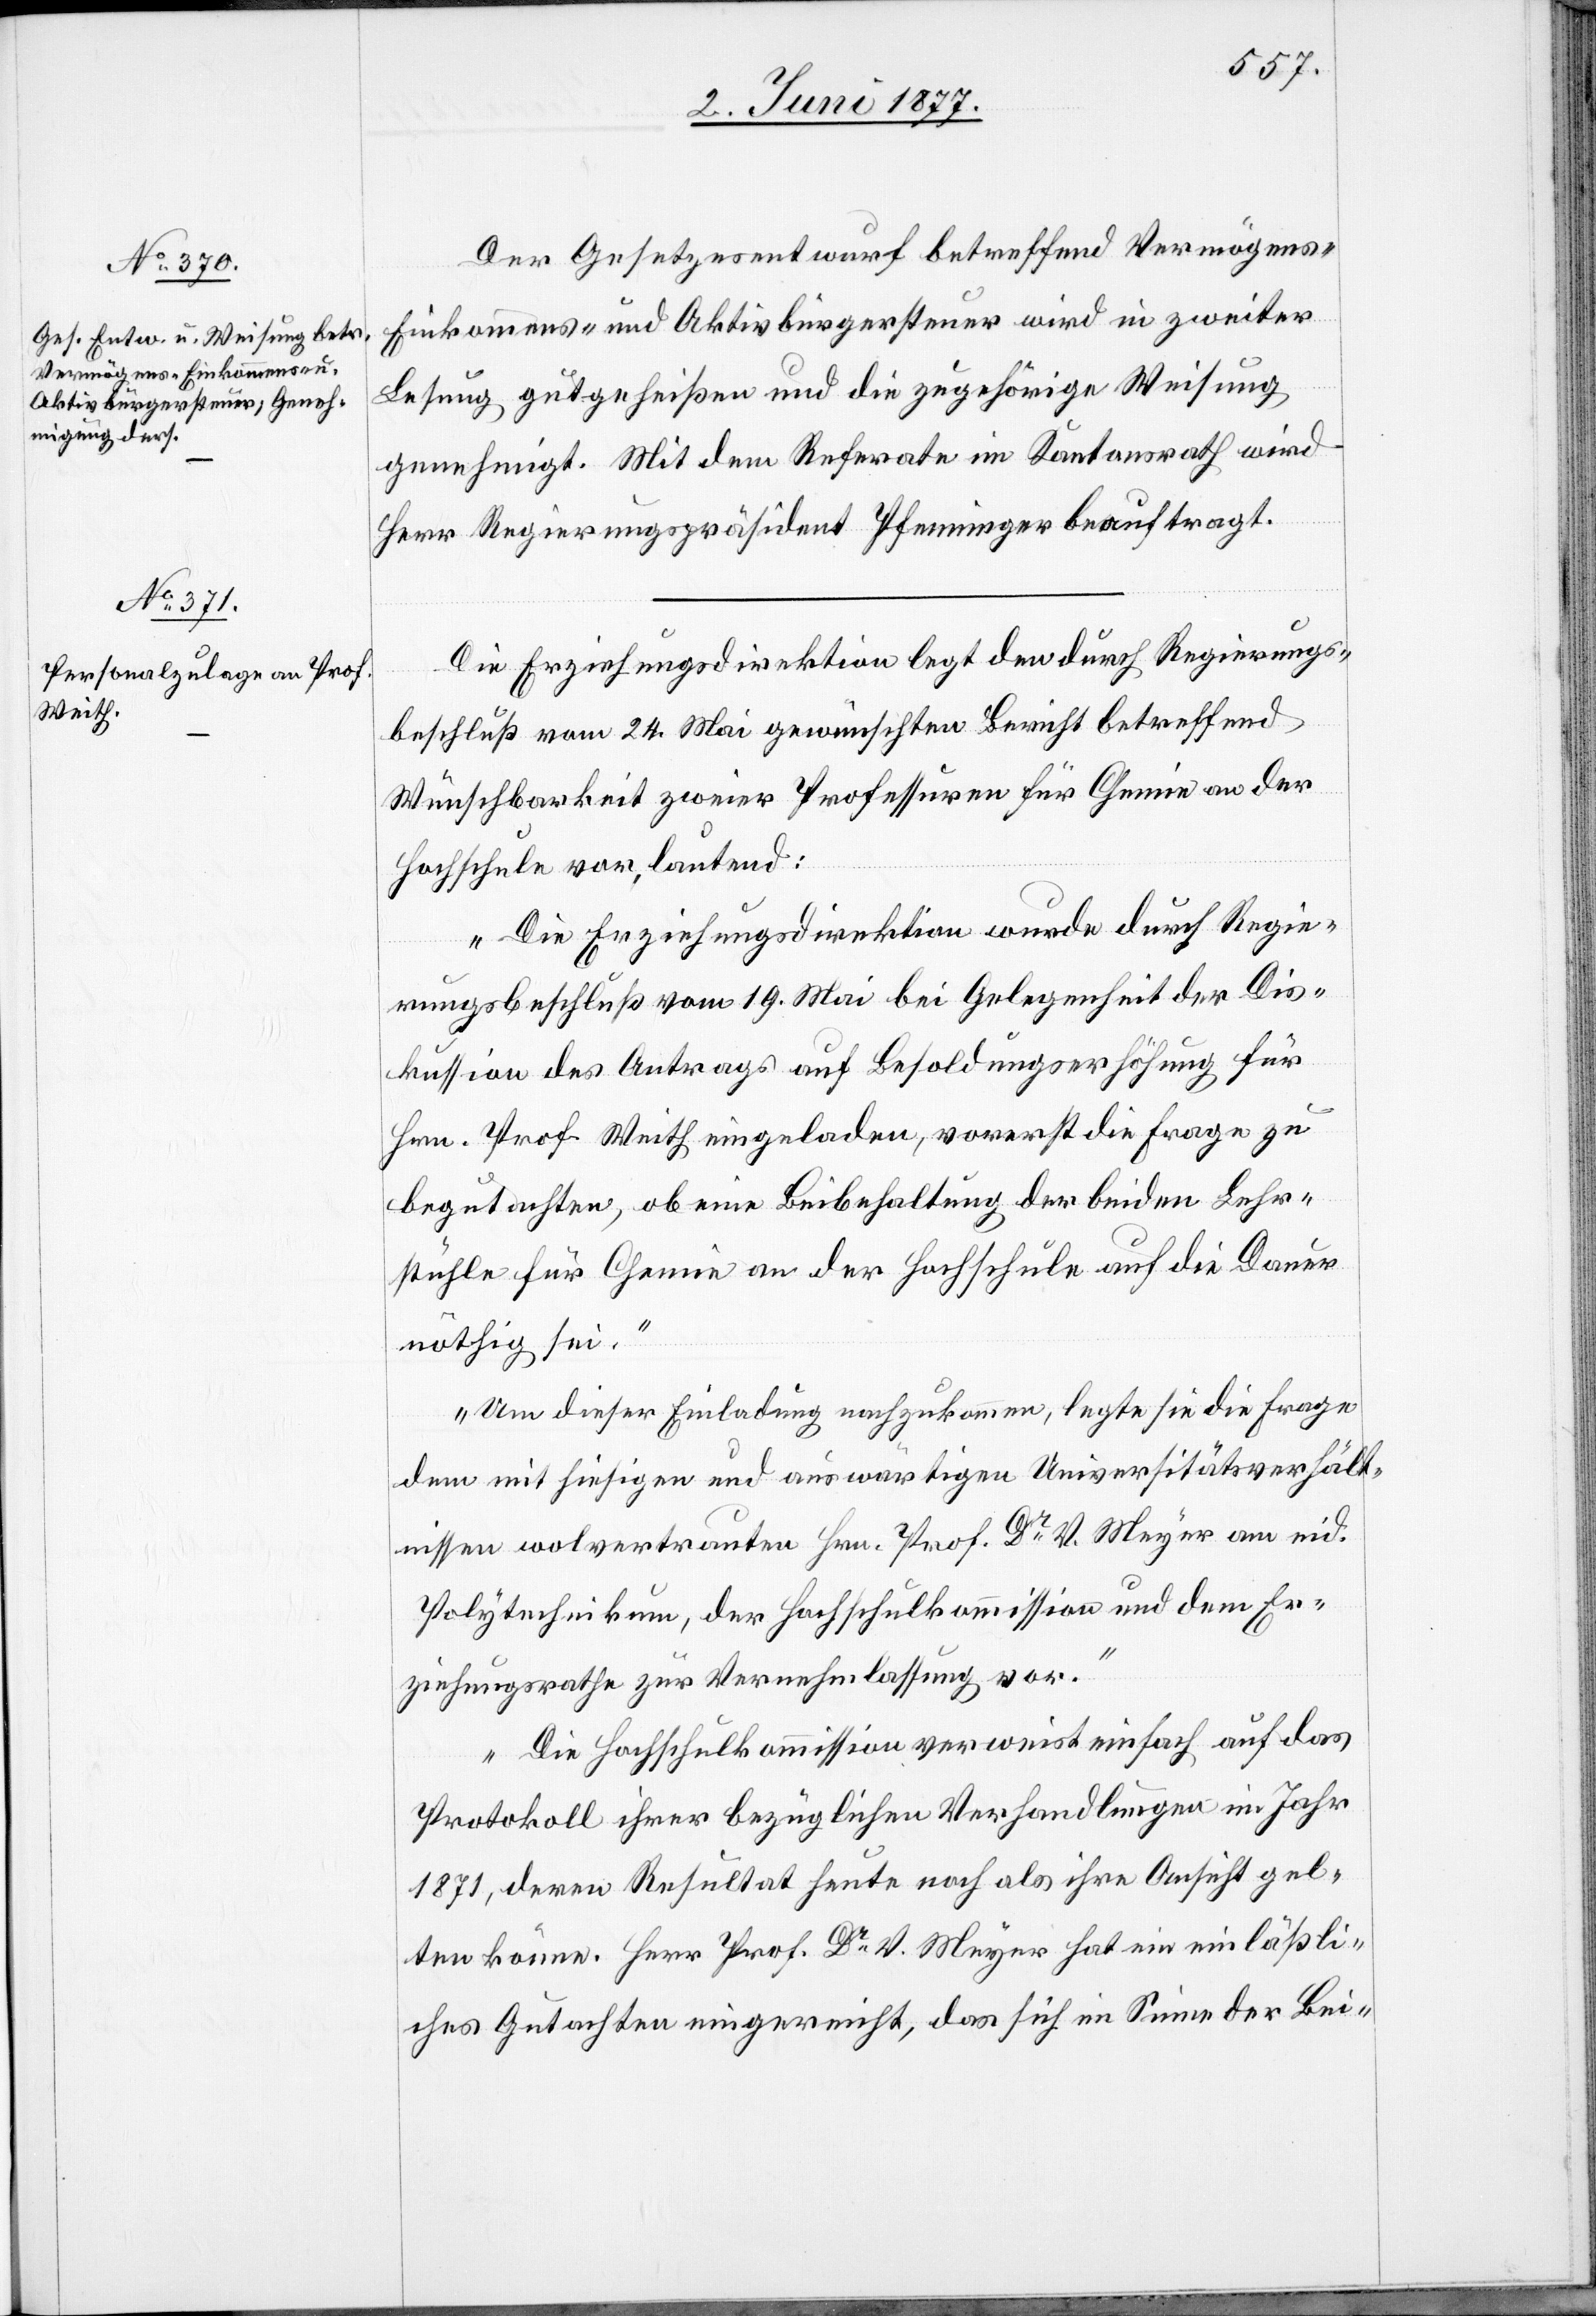
Der Gesetzesentwurf betreffend Vermögens-
Einkommens- und Aktivbürgersteuer wird in zweiter
Lesung gutgeheißen und die zugehörige Weisung
genehmigt. Mit dem Referate im Kantonsrath wird
Herr Regierungspräsident Pfenninger beauftragt.
Die Erziehungsdirektion legt den durch Regierungs¬
beschluß vom 24. Mai gewünschten Bericht betreffend
Wünschbarkeit zweier Professuren für Chemie an der
Hochschule vor, lautend:
„Die Erziehungsdirektion wurde durch Regie¬
rungsbeschluß vom 19. Mai bei Gelegenheit der Dis¬
kussion des Antrages auf Besoldungserhöhung für
Hrn. Prof. Weith eingeladen, vorerst die Frage zu
begutachten, ob eine Beibehaltung der beiden Lehr¬
stühle für Chemie an der Hochschule auf die Dauer
nöthig sei.
Um dieser Einladung nachzukommen, legte sie die Frage
dem mit hiesigen und auswärtigen Universitätsverhält¬
nissen wolvertrauten Hrn. Prof. Dr Meyer am eid.
Polytechnikum, der Hochschulkommission und dem Er¬
ziehungsrathe zur Vernehmlassung vor.
Die Hochschulkommission verweist einfach auf das
Protokoll ihrer bezüglichen Verhandlungen im Jahr
1871, deren Resultat heute noch als ihre Ansicht gel¬
ten könne. Herr Prof. Dr V. Meyer hat ein einläßli¬
ches Gutachten eingereicht, das sich im Sinne der Bei-